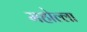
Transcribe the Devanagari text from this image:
महोल्ला